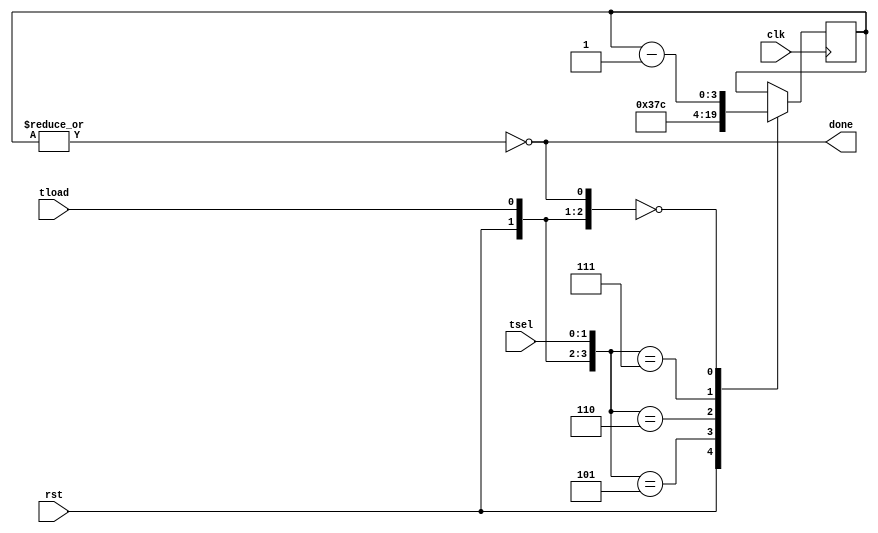
`timescale 1ns / 1ps
//////////////////////////////////////////////////////////////////////////////////
// Company: 
// Engineer: 
// 
// Design Name: 
// Module Name:    Timer 
// Project Name: 
// Target Devices: 
// Tool versions: 
// Description: 
//
// Dependencies: 
//
// Revision: 
// Revision 0.01 - File Created
// Additional Comments: 
//
//////////////////////////////////////////////////////////////////////////////////



module Timer(clk, rst, tload, tsel, done) ;
input clk, rst, tload;
input [1:0] tsel ;
output done ;
reg [3:0] count ;
reg [3:0] next_count ;
reg done ;


parameter [3:0] tADs = 4'd3;
parameter [3:0] tACC = 4'd7;
parameter [3:0] tW = 4'd12;

//DFF #(8) Timer_State(clk, next_count, count) ; //Registro de estado

// next count logic
always@(rst or tload or tsel or done or count) begin
casex({rst, tload, tsel, done})
5'b1xxxx: next_count = 4'b0;
5'b0101x: next_count = tADs;
5'b0110x: next_count = tACC;
5'b0111x: next_count = tW;
5'b00xx0: next_count = count - 1'b1;
5'b00xx1: next_count = count;
default: next_count = count;
endcase
end

always @(posedge clk) begin
	 count <= next_count;
end

always @* begin
	done = !(|count) ; //Seal de cuenta terminada
end
	
endmodule